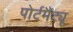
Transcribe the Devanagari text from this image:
पोर्टमैंट्यू